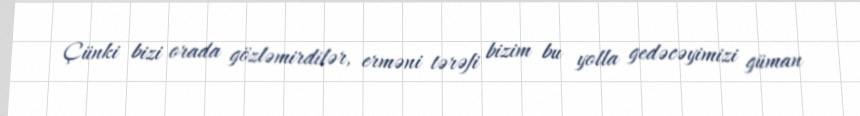
Çünki bizi orada gözləmirdilər, erməni tərəfi bizim bu yolla gedəcəyimizi güman